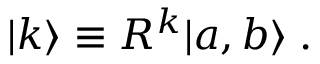
| k \rangle \equiv { \cal R } ^ { k } | a , b \rangle \; .